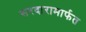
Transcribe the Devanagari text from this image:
सरदारामार्फत